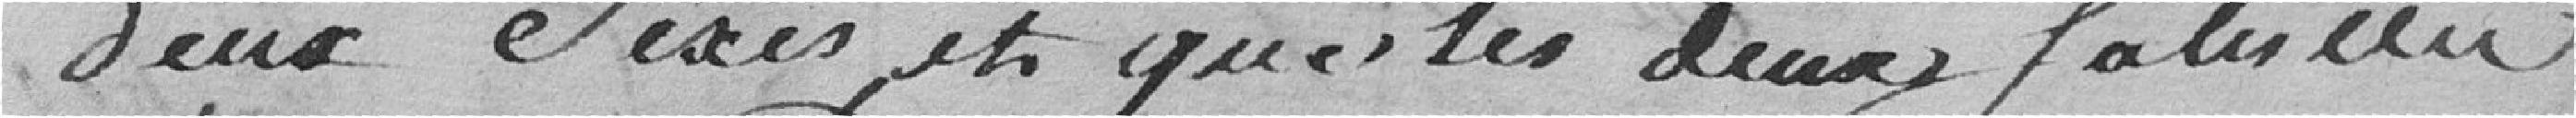
deux Sexes et que les deux Salles au